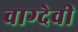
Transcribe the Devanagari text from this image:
वाग्‍देवी